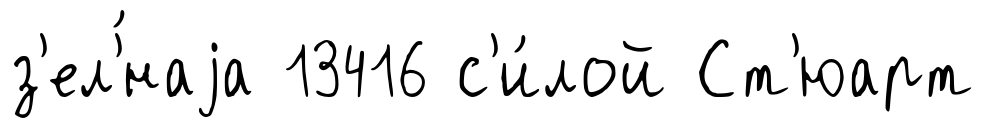
з'ел'́наjа 13416 с'и́лой Ст'юарт